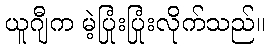
ယူဂျီက မဲ့ပြုံးပြုံးလိုက်သည်။